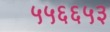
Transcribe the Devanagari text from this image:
५५६६५३